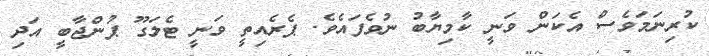
ކުރިނަމަވެސް އެކަން ވަނީ ކާމިޔާބު ނުވެފައެވެ. ޕެރެއިތީ ވަނީ ޓެލަގޫ ޕުންޖާބީ އަދި